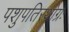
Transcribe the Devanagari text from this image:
पशुपतिरथोग्रः